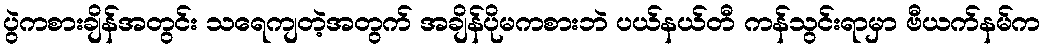
ပွဲကစားချိန်အတွင်း သရေကျတဲ့အတွက် အချိန်ပိုမကစားဘဲ ပယ်နယ်တီ ကန်သွင်းရာမှာ ဗီယက်နမ်က